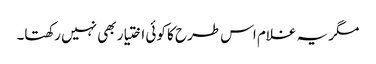
مگر یہ غلام اس طرح کا کوئی اختیار بھی نہیں رکھتا۔